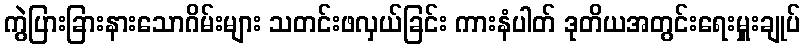
ကွဲပြားခြားနားသောဂိမ်းများ သတင်းဖလှယ်ခြင်း ကားနံပါတ် ဒုတိယအတွင်းရေးမှူးချုပ်